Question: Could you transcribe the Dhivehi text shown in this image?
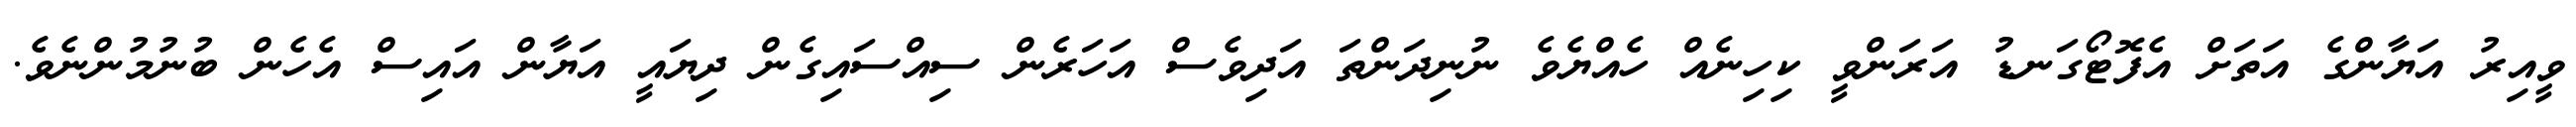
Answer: ވީއިރު އަޔާންގެ އަތަށް އެފޮޓޯގަނޑު އަރަންވީ ކިހިނެއް ހެއްޔެވެ ނުނިދަންތަ އަދިވެސް އަހަރެން ސިއްސައިގެން ދިޔައީ އަޔާން އައިސް އެހެން ބުނުމުންނެވެ.